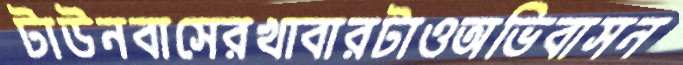
টাউনবাসেরখাবারটাওঅভিবাসন